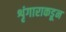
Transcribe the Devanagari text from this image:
शृंगाराकडून